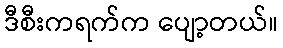
ဒီစီးကရက်က ပျော့တယ်။